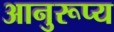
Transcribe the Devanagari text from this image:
आनुरूप्य